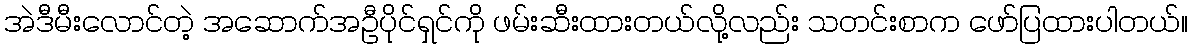
အဲဒီမီးလောင်တဲ့ အဆောက်အဦပိုင်ရှင်ကို ဖမ်းဆီးထားတယ်လို့လည်း သတင်းစာက ဖော်ပြထားပါတယ်။